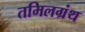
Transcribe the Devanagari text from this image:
तमिलग्रंथ